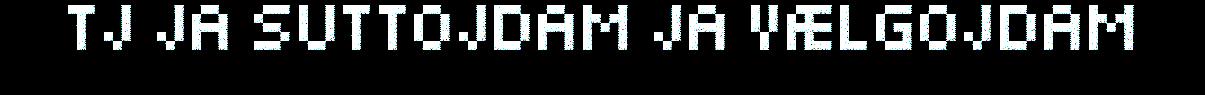
TJ JA SUTTOJDAM JA VÆLGOJDAM